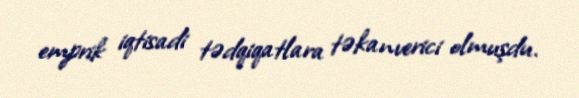
emprik iqtisadi tədqiqatlara təkanverici olmuşdu.